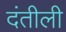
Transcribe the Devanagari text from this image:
दंतीली